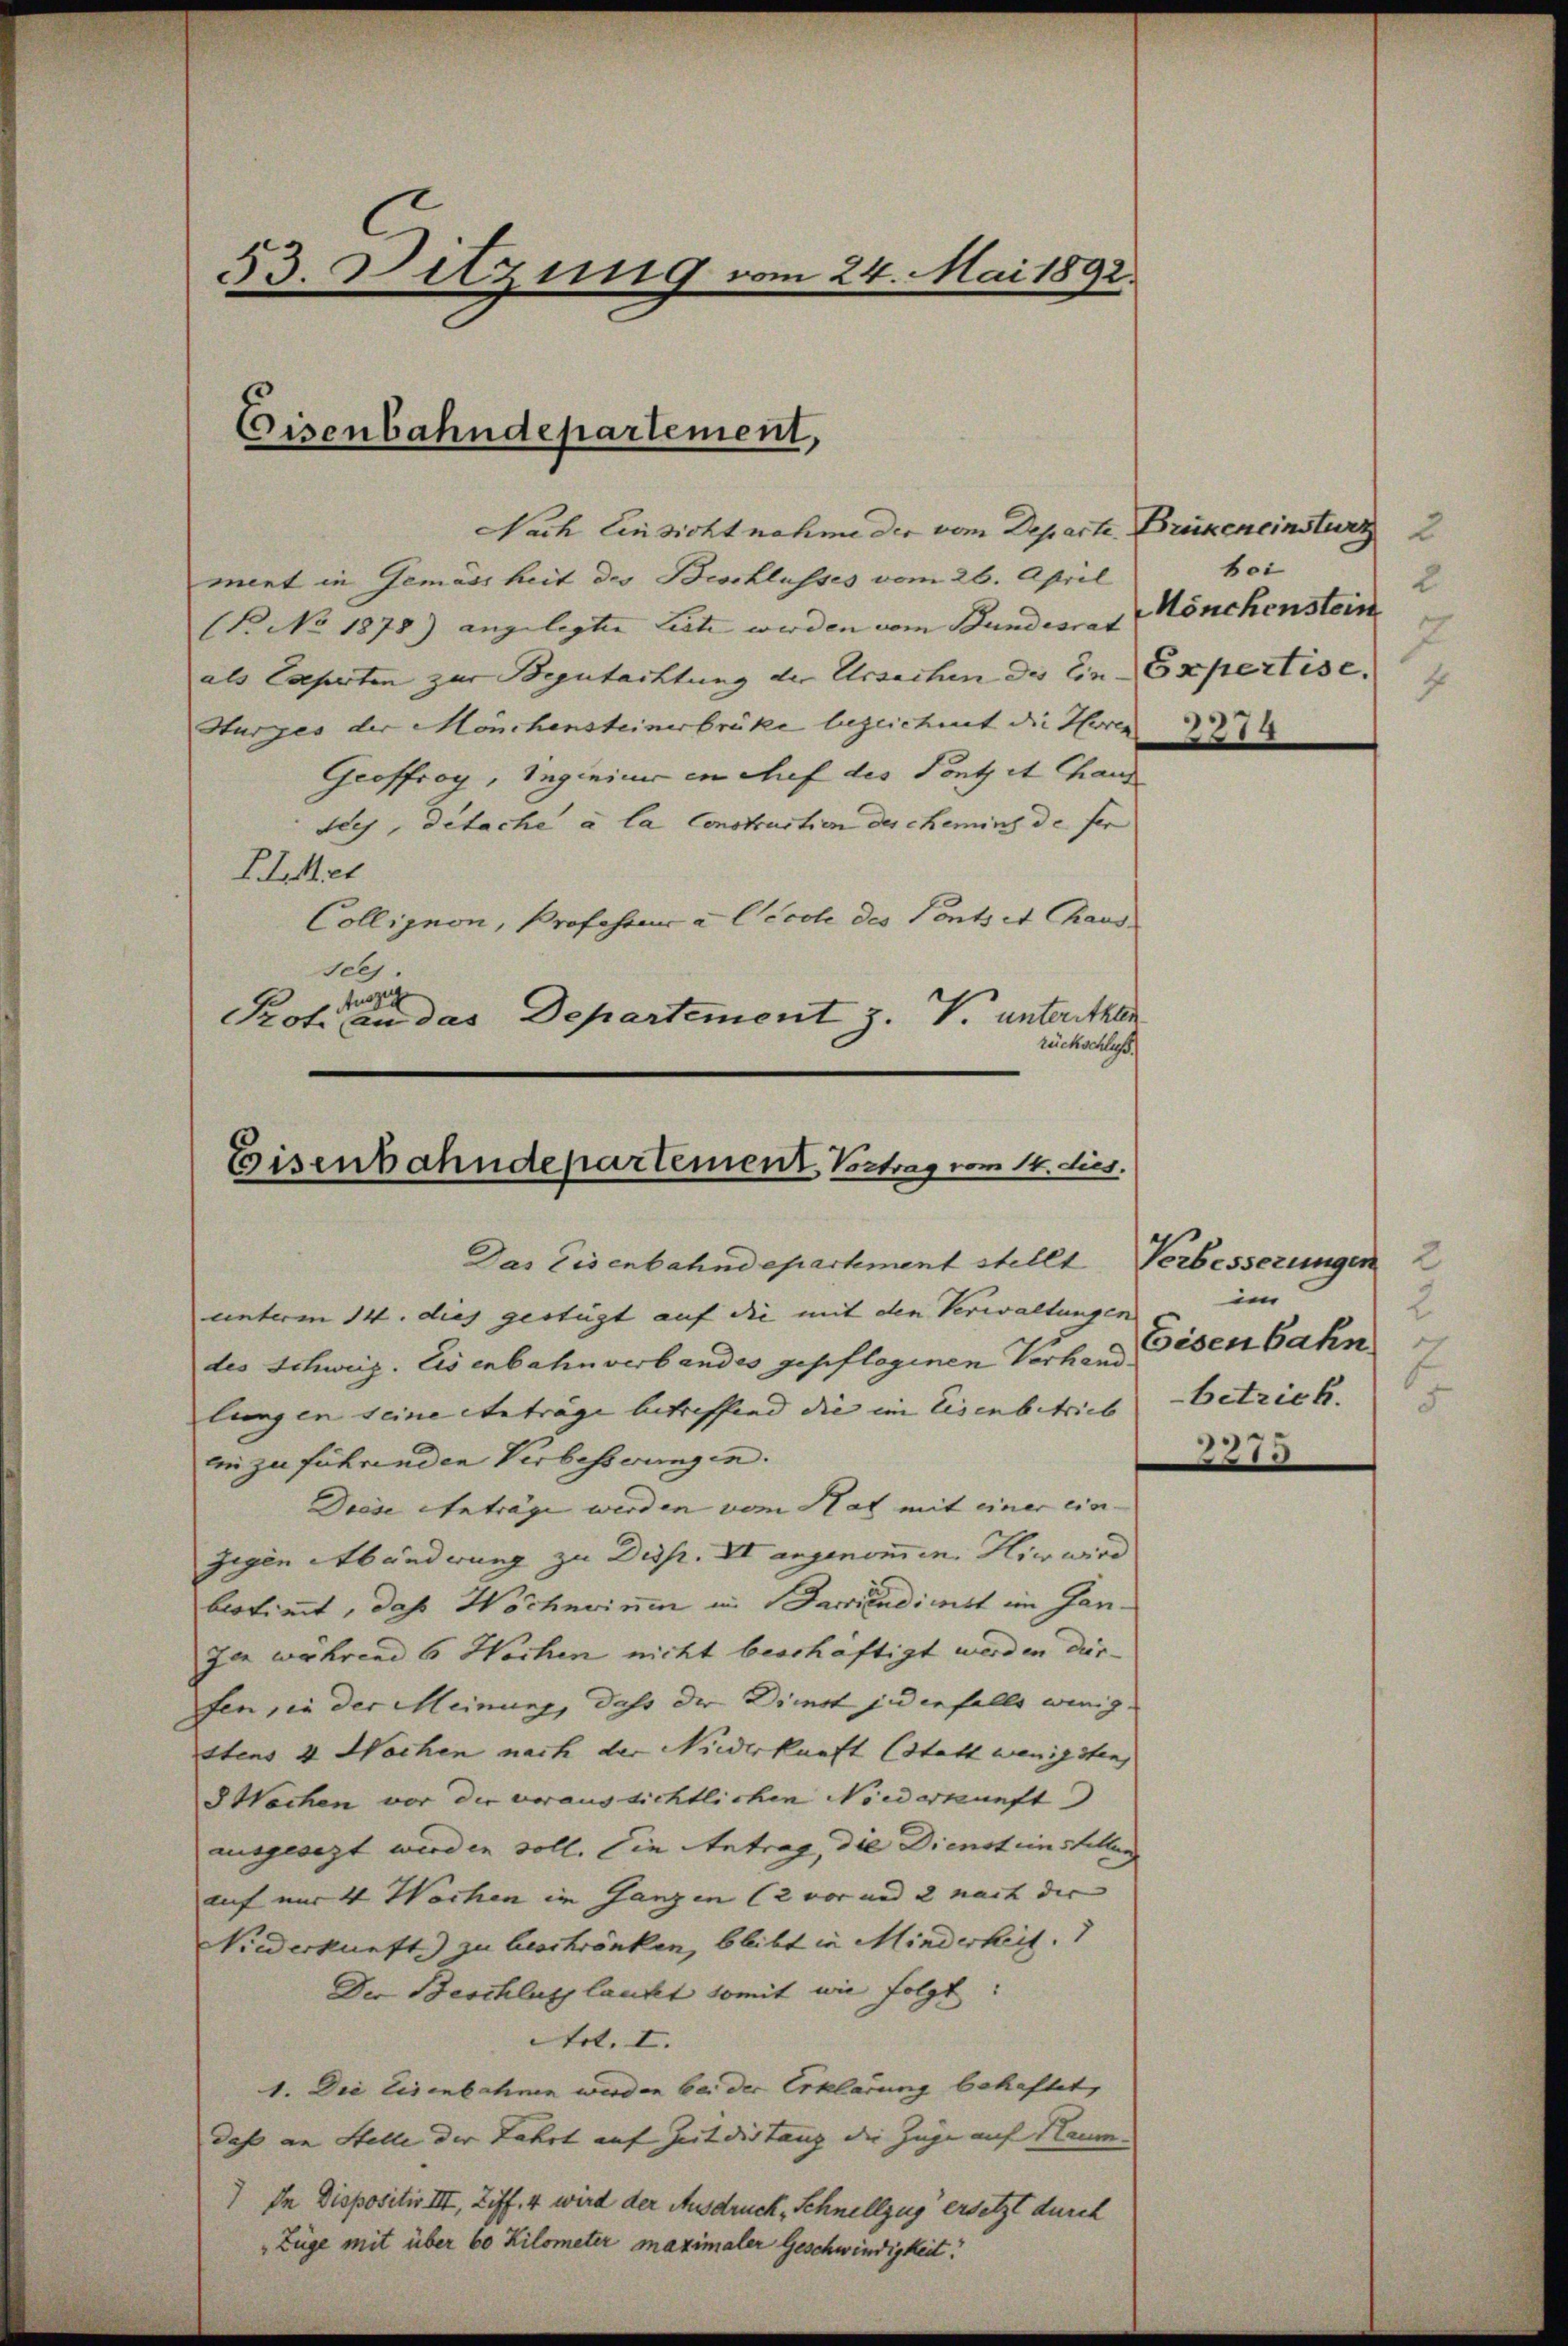
53. Sitzung vom 24. Mai 1892.

Eisenbahndepartement,

Nach Einsicht nahme der vom Departe.
ment in Gemässheit des Beschlusses vom 26. April
(B. No 1878) angelegten Liste werden vom Bundesrat |
als Caperten zur Begutachtung der Ursachen des Ein Expertise.
Hurges der Mönchensteinerbrüke bezeichnet die Heren
Geoffroy, Segleine in Auf des Font et Chand
tich, Detache a la Construction des chemins de fer
ILet
Colligion, Professor a Cécole des Ponts et Chaus
19.
tunzig
Poti an das Departement z. V. unterithen
rückschluß.

Eisenbahndepartement Vortrag vom 14. dies.

Brükeneinsturz 2
boi
2
Mönchenstein
7
1

Das Eisenbahndepartement stellt
unterm 14. dies gestügt auf die mit den Verwaltungen
des Schweiz. Eisenbahn verbandes gepflogenen Verhand
lungen seine Anträge betreffend die im Eisenbetrieb |
en zu führenden Verbesserungen.
Diese Anträge werden vom Hat mit einer ein-
gegen Abänderung zu Disp. II angenommen. Hier wird
bestimmt, daß Wöcherium in Barendinst im Ganzer während 6 Wochen nicht beschäftigt werden die
fen, in der Meinung, daß der Dienst jedenfalls wenig
stens 4 Wochen nach der Niederkunft (statt wenigsten,
 Wachen vor der voraussichtlichen Niederkunft
ausgesezt werden soll. Die Antrag, die Diensteinstellung
auf nur 4 Wochen im Ganzen (2 vor und 2 nach der |
Niederkunft) zu beschränken, bleibt in Minderheit.
Der Beschluss lautet somit wie folgt:
Art. I.
1. Die Eisenbahnen werden bei der Erklärung behaftet,
daß an Stelle der Fahrt auf Zeit die tanz die Züge auf Naum
) In Dispositiv III, Ziff. 4 wird der Ausdruck, Schnellzug ersetzt durch
Züge mit über 60 Kilometer maximaler Geschwindigkeit.

174

Verbesserungen
im
2
Eisenbahn
betrich.
5
73